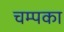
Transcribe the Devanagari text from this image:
चम्पका